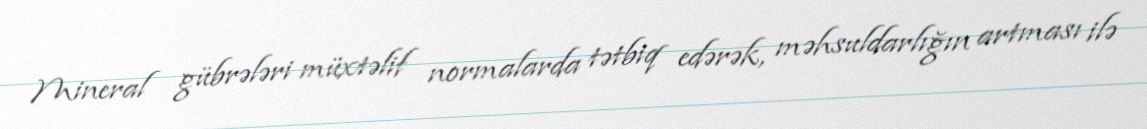
Mineral gübrələri müxtəlif normalarda tətbiq edərək, məhsuldarlığın artması ilə